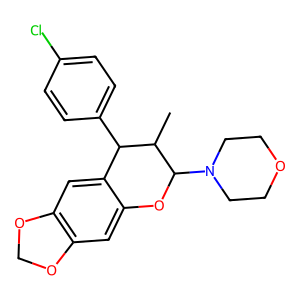
SMILES: CC1C(c2ccc(Cl)cc2)c2cc3c(cc2OC1N1CCOCC1)OCO3
Inhibits HIV replication: No